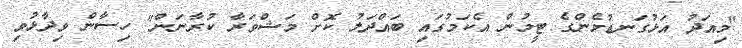
"މިއަދު އަޅުގަނޑުމެންގެ ޓީމުން އެކަމުގައި ބައްދަލު ކޮށް މަޝްވަރާ ކުރާނަން" ހިސާން ވިދާޅުވި